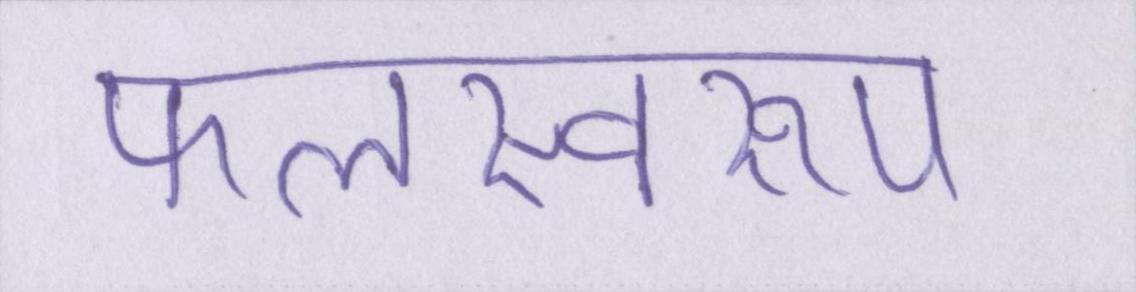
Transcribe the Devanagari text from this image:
फलस्वरूप